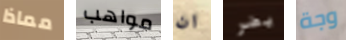
مماذا مواهب ان يضر وجة